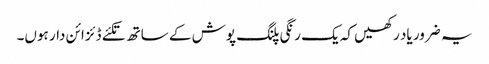
یہ ضرور یاد رکھیں کہ یک رنگی پلنگ پوش کے ساتھ تکئے ڈئزائن دار ہوں۔